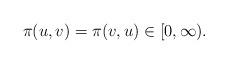
LaTeX: \begin{align*}\pi(u,v)=\pi(v,u)\in[0,\infty).\end{align*}